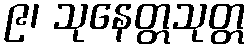
၉၊ သုနေတ္တသုတ္တ